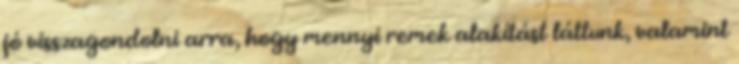
jó visszagondolni arra, hogy mennyi remek alakítást láttunk, valamint